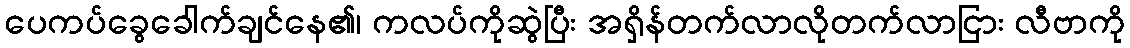
ပေကပ်ခွေခေါက်ချင်နေ၏၊ ကလပ်ကိုဆွဲပြီး အရှိန်တက်လာလိုတက်လာငြား လီဗာကို